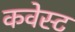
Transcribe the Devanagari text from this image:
कवेस्ट